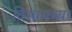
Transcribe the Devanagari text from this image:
दिसायच्या